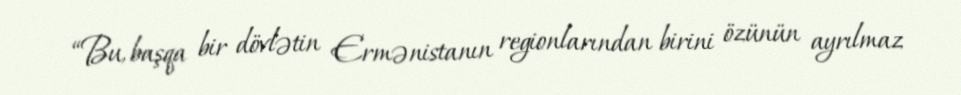
“Bu, başqa bir dövlətin Ermənistanın regionlarından birini özünün ayrılmaz